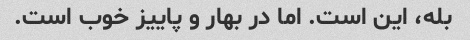
بله، این است. اما در بهار و پاییز خوب است.